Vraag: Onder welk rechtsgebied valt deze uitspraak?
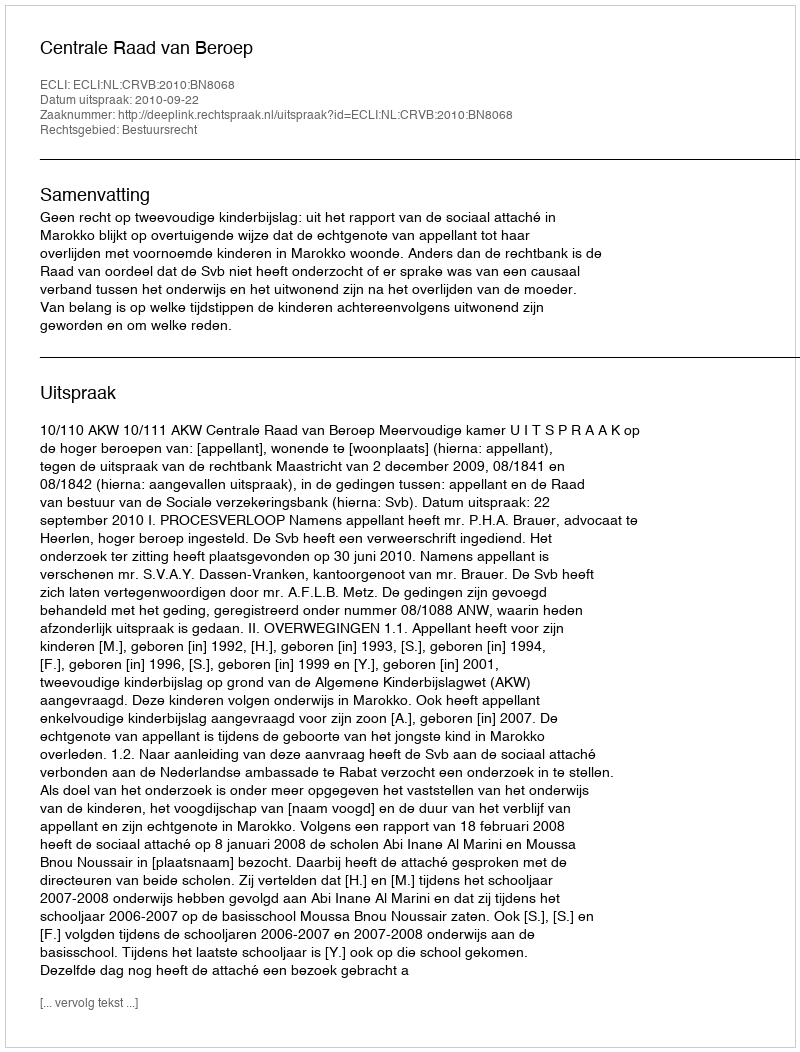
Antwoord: Bestuursrecht